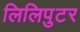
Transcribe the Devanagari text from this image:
लिलिपुटर